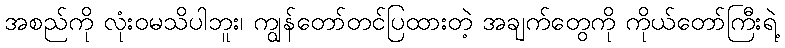
အစည်ကို လုံးဝမသိပါဘူး၊ ကျွန်တော်တင်ပြထားတဲ့ အချက်တွေကို ကိုယ်တော်ကြီးရဲ့